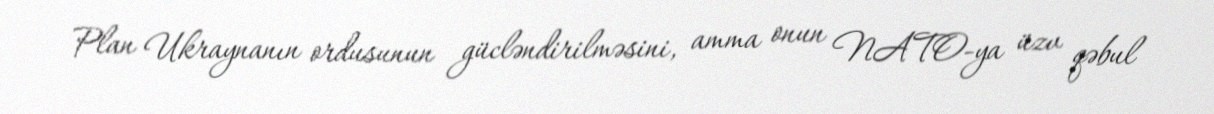
Plan Ukraynanın ordusunun gücləndirilməsini, amma onun NATO-ya üzv qəbul